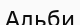
Альби